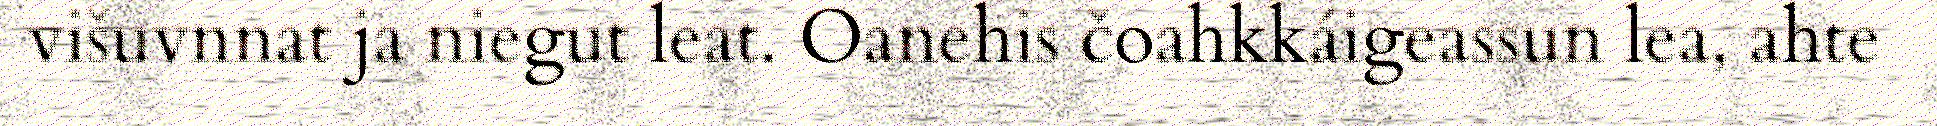
višuvnnat ja niegut leat. Oanehis čoahkkáigeassun lea, ahte